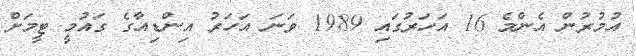
އުމުރުން އެންމެ 16 އަހަރުގައި 1989 ވަނަ އަހަރު އިންޑިއާގެ ގައުމީ ޓީމަށް